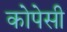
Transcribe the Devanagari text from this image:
कोपेसी